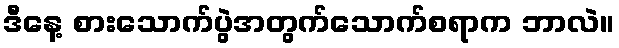
ဒီနေ့ စားသောက်ပွဲအတွက်သောက်စရာက ဘာလဲ။